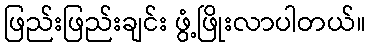
ဖြည်းဖြည်းချင်း ဖွံ့ဖြိုးလာပါတယ်။